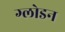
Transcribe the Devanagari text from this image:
ग्लोडन